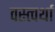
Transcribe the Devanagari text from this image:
वस्त्वर्था